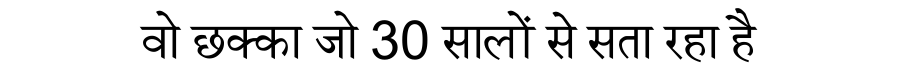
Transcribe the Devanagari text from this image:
वो छक्का जो 30 सालों से सता रहा है